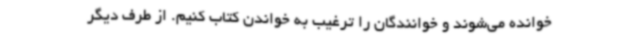
خوانده می‌شوند و خوانندگان را ترغیب به خواندن کتاب کنیم. از طرف دیگر